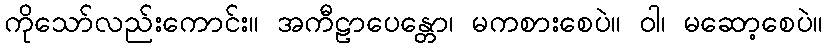
ကိုသော်လည်းကောင်း။ အကီဠာပေန္တော၊ မကစားစေပဲ။ ဝါ၊ မဆော့စေပဲ။